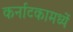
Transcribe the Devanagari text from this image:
कर्नाटकामध्यें